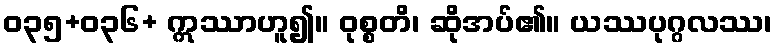
ဝ၃၅+၀၃၆+ ဣဿာဟူ၍။ ဝုစ္စတိ၊ ဆိုအပ်၏။ ယဿပုဂ္ဂလဿ၊